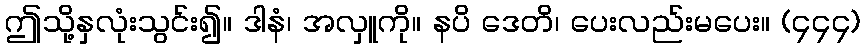
ဤသို့နှလုံးသွင်း၍။ ဒါနံ၊ အလှူကို။ နပိ ဒေတိ၊ ပေးလည်းမပေး။ (၄၄၄)